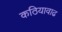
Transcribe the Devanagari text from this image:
कठियावाढ